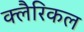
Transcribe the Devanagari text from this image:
क्लैरिकल